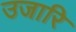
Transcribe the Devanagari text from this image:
उजारि